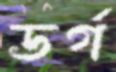
ডর্গ